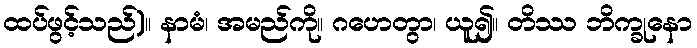
ထပ်ဖွင့်သည်)။ နာမံ၊ အမည်ကို။ ဂဟေတွာ၊ ယူ၍။ တိဿ ဘိက္ခုနော